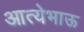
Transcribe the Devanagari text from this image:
आत्येभाऊ